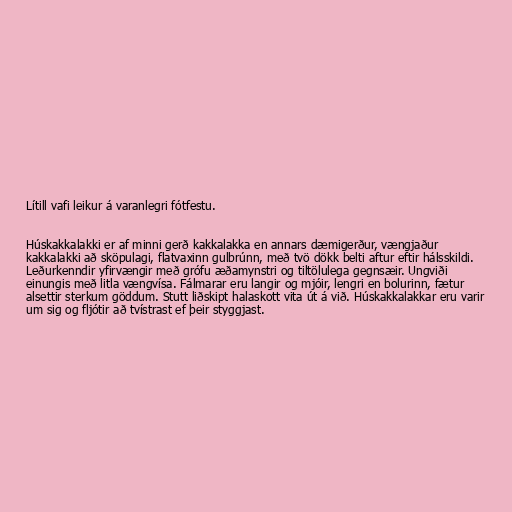
Lítill vafi leikur á varanlegri fótfestu.

Húskakkalakki er af minni gerð kakkalakka en annars dæmigerður, vængjaður
kakkalakki að sköpulagi, flatvaxinn gulbrúnn, með tvö dökk belti aftur eftir hálsskildi.
Leðurkenndir yfirvængir með grófu æðamynstri og tiltölulega gegnsæir. Ungviði
einungis með litla vængvísa. Fálmarar eru langir og mjóir, lengri en bolurinn, fætur
alsettir sterkum göddum. Stutt liðskipt halaskott vita út á við. Húskakkalakkar eru varir
um sig og fljótir að tvístrast ef þeir styggjast.